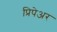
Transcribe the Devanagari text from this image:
प्रिपेअर